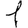
Digit: 1